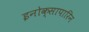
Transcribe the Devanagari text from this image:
इनोक्सापारिन